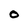
Character: O